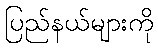
ပြည်နယ်များကို